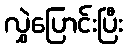
လွှဲပြောင်းပြီး